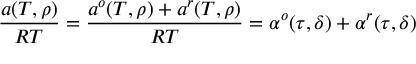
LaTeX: { \frac { a ( T , \rho ) } { R T } } = { \frac { a ^ { o } ( T , \rho ) + a ^ { r } ( T , \rho ) } { R T } } = \alpha ^ { o } ( \tau , \delta ) + \alpha ^ { r } ( \tau , \delta )